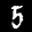
Label: 5